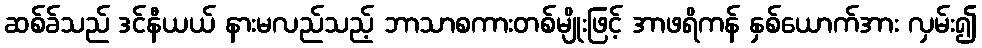
ဆစ်ခ်သည် ဒင်နီယယ် နားမလည်သည့် ဘာသာစကားတစ်မျိုးဖြင့် အာဖရိကန် နှစ်ယောက်အား လှမ်း၍